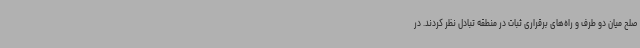
صلح میان دو طرف و راه‌های برقراری ثبات در منطقه تبادل نظر کردند. در